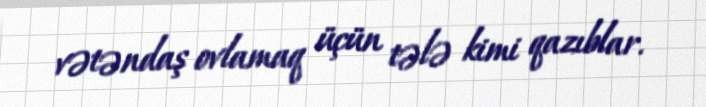
vətəndaş ovlamaq üçün tələ kimi qazıblar.